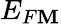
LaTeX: E_{F\mathbf{M}}